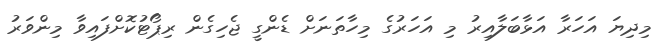
މިދިޔަ އަހަރާ އަޅާބަލާއިރު މި އަހަރުގެ މިހާތަނަށް ޑެންގީ ޖެހިގެން ރިޕޯޓުކޮށްފައިވާ މިންވަރު